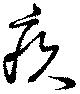
疚